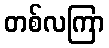
တစ်လကြာ